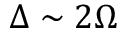
\Delta \sim 2 \Omega